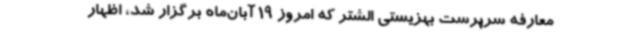
معارفه سرپرست بهزیستی الشتر که امروز 19 آبان‌ماه برگزار شد، اظهار